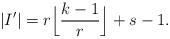
LaTeX: \begin{align*}|I'|=r \Big\lfloor \frac{k-1}{r} \Big\rfloor +s-1. \end{align*}